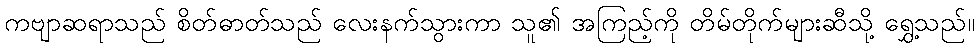
ကဗျာဆရာသည် စိတ်ဓာတ်သည် လေးနက်သွားကာ သူ၏ အကြည့်ကို တိမ်တိုက်များဆီသို့ ရွှေ့သည်။